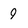
Character: 9